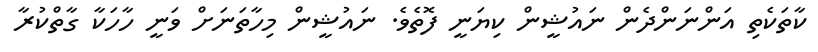
ކާތަކެތި އަންނަންދެން ނައުޝީން ކިޔަނީ ފޮތެވެ. ނައުޝީން މިހާތަނަށް ވަނީ ހާހަކާ ގާތްކުރާ